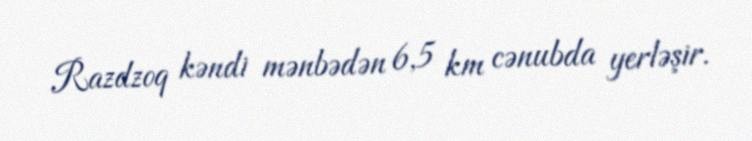
Razdzoq kəndi mənbədən 6,5 km cənubda yerləşir.